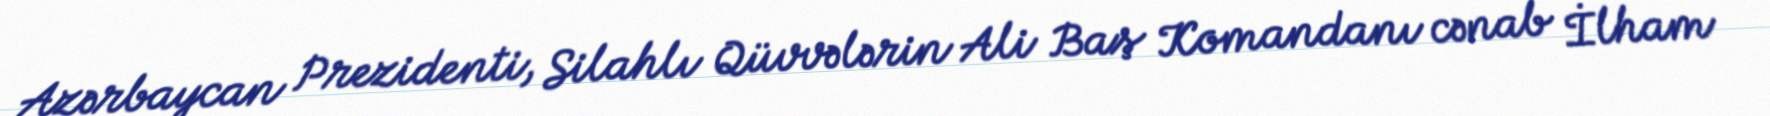
Azərbaycan Prezidenti, Silahlı Qüvvələrin Ali Baş Komandanı cənab İlham